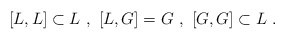
\begin{align*}[L, L] \subset L \ ,\ [L, G] = G \ ,\ [G, G] \subset L \ .\end{align*}